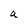
Character: a